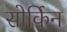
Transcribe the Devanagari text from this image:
सोर्किन